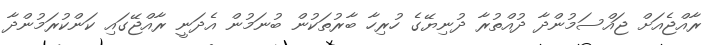
ރާއްޖެއަށް ޖައްސަމުންދާ ދުއްތުރާ ދުނިޔޭގެ ހުރިހާ ބާރުތަކުން ބުނަމުން އެދަނީ ރާއްޖޭގައި ކަންކުރަމުންދާ